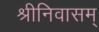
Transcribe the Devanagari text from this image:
श्रीनिवासम्‌